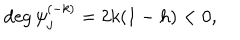
\mathrm { d e g } \, \psi _ { j } ^ { ( - k ) } = 2 k ( 1 - h ) < 0 ,